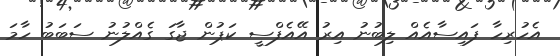
އެހުރިހާ ފައިސާއެއް ލިބުނު އިރު އޭއެފްސީ ކަޕުން ޖާގަ ގެއްލުނު ސަބަބު ހާމަ